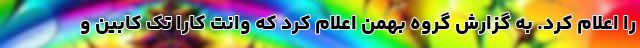
را اعلام کرد. به گزارش گروه بهمن اعلام کرد که وانت کارا تک کابین و